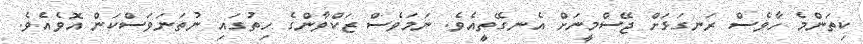
ކިތަންމެ ހާވެސް ރަނގަޅަށް ޖޭސްމީނަށް އެނގޭތީއެވެ. ނަމަވެސް ޒަކްވާންގެ ހިތުގައި ނުތަނަވަސްކަން އޮވެއެވެ.